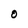
Character: O